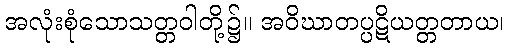
အလုံးစုံသောသတ္တဝါတို့၌။ အဝိဃာတပ္ပဋိယတ္တတာယ၊